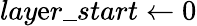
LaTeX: lay\mathrm{e}r\_ start\gets0